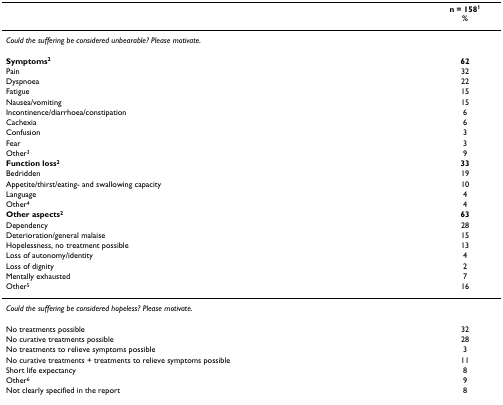
<table><thead><tr><td></td><td><b>n = 158<sup>1</sup>%</b></td></tr></thead><tbody><tr><td colspan="2"><i>Could the suffering be considered unbearable? Please motivate</i>.</td></tr><tr><td><b>Symptoms</b><sup><b>2</b></sup></td><td><b>62</b></td></tr><tr><td>Pain</td><td>32</td></tr><tr><td>Dyspnoea</td><td>22</td></tr><tr><td>Fatigue</td><td>15</td></tr><tr><td>Nausea/vomiting</td><td>15</td></tr><tr><td>Incontinence/diarrhoea/constipation</td><td>6</td></tr><tr><td>Cachexia</td><td>6</td></tr><tr><td>Confusion</td><td>3</td></tr><tr><td>Fear</td><td>3</td></tr><tr><td>Other<sup>3</sup></td><td>9</td></tr><tr><td><b>Function loss</b><sup><b>2</b></sup></td><td><b>33</b></td></tr><tr><td>Bedridden</td><td>19</td></tr><tr><td>Appetite/thirst/eating- and swallowing capacity</td><td>10</td></tr><tr><td>Language</td><td>4</td></tr><tr><td>Other<sup>4</sup></td><td>4</td></tr><tr><td><b>Other aspects</b><sup><b>2</b></sup></td><td><b>63</b></td></tr><tr><td>Dependency</td><td>28</td></tr><tr><td>Deterioration/general malaise</td><td>15</td></tr><tr><td>Hopelessness, no treatment possible</td><td>13</td></tr><tr><td>Loss of autonomy/identity</td><td>4</td></tr><tr><td>Loss of dignity</td><td>2</td></tr><tr><td>Mentally exhausted</td><td>7</td></tr><tr><td>Other<sup>5</sup></td><td>16</td></tr><tr><td colspan="2"><i>Could the suffering be considered hopeless? Please motivate</i>.</td></tr><tr><td>No treatments possible</td><td>32</td></tr><tr><td>No curative treatments possible</td><td>28</td></tr><tr><td>No treatments to relieve symptoms possible</td><td>3</td></tr><tr><td>No curative treatments + treatments to relieve symptoms possible</td><td>11</td></tr><tr><td>Short life expectancy</td><td>8</td></tr><tr><td>Other<sup>6</sup></td><td>9</td></tr><tr><td>Not clearly specified in the report</td><td>8</td></tr></tbody></table>